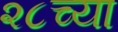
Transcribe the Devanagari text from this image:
२८च्या